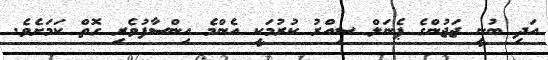
އަދި ބުނީ ޖަޖުންގެ ޕެނަލް ސިއްރު ކުރުމަކީ އެންމެ އިންސާފުވެރި ގޮތް ކަމަށެވެ.